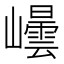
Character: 𭗮